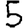
Digit: 5